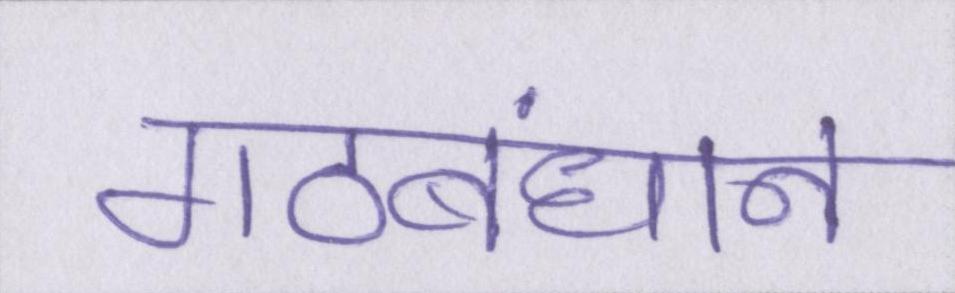
गठबंधान